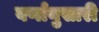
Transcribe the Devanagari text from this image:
वर्णानुसारी